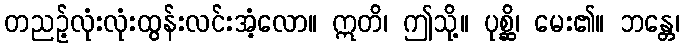
တညဉ့်လုံးလုံးထွန်းလင်းအံ့လော။ ဣတိ၊ ဤသို့။ ပုစ္ဆိ၊ မေး၏။ ဘန္တေ၊